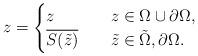
LaTeX: \begin{align*}z=\begin{cases}z&z\in\Omega\cup \partial\Omega,\\\overline{S({\tilde{z}})}\quad&\tilde{z}\in \tilde{\Omega},\partial\Omega.\end{cases}\end{align*}